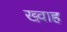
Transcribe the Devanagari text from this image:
ख्व़ाह